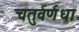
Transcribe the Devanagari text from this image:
चतुर्वर्णधा